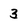
Character: 3